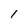
Character: l